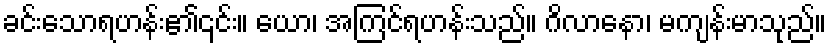
ခင်းသောရဟန်း၏၎င်း။ ယော၊ အကြင်ရဟန်းသည်။ ဂိလာနော၊ မကျန်းမာသုည်။